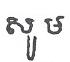
សូម